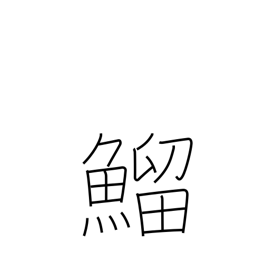
Meaning: type of fish